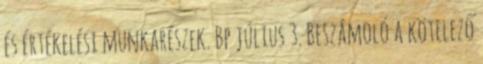
és értékelési munkarészek. Bp július 3. Beszámoló a kötelező